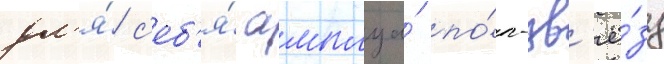
дл'я́ с'еб'я́ амплуа́ по́п-зв'ё́зд